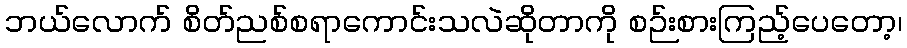
ဘယ်လောက် စိတ်ညစ်စရာကောင်းသလဲဆိုတာကို စဉ်းစားကြည့်ပေတော့၊